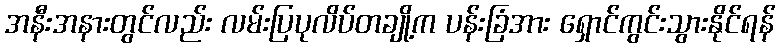
အနီးအနားတွင်လည်း လမ်းပြပုလိပ်တချို့က ပန်းခြံအား ရှောင်ကွင်းသွားနိုင်ရန်